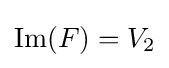
{\text{Im}}(F)=V_{2}